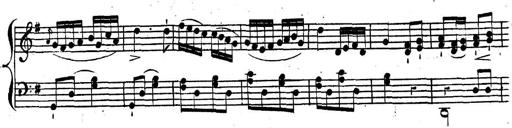
Title: Nouvelle Sonatine facile et agrÃ©able
Composer: Ignaz Moscheles
Key: G major